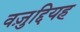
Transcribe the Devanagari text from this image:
वज़ुद्दियह